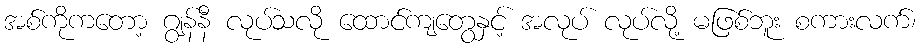
အစ်ကိုကတော့ ဂျွန်နီ လုပ်သလို ထောင်ကျတွေနှင့် အလုပ် လုပ်လို့ မဖြစ်ဘူး စကားလက်၊